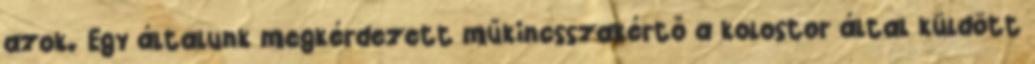
azok. Egy általunk megkérdezett műkincsszakértő a kolostor által küldött